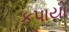
કપાયો